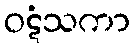
ဝဋံသကာ